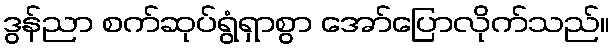
ဒွန်ညာ စက်ဆုပ်ရွံရှာစွာ အော်ပြောလိုက်သည်။